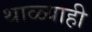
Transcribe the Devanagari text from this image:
थाळ्याही